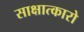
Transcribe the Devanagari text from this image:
साक्षात्कारो